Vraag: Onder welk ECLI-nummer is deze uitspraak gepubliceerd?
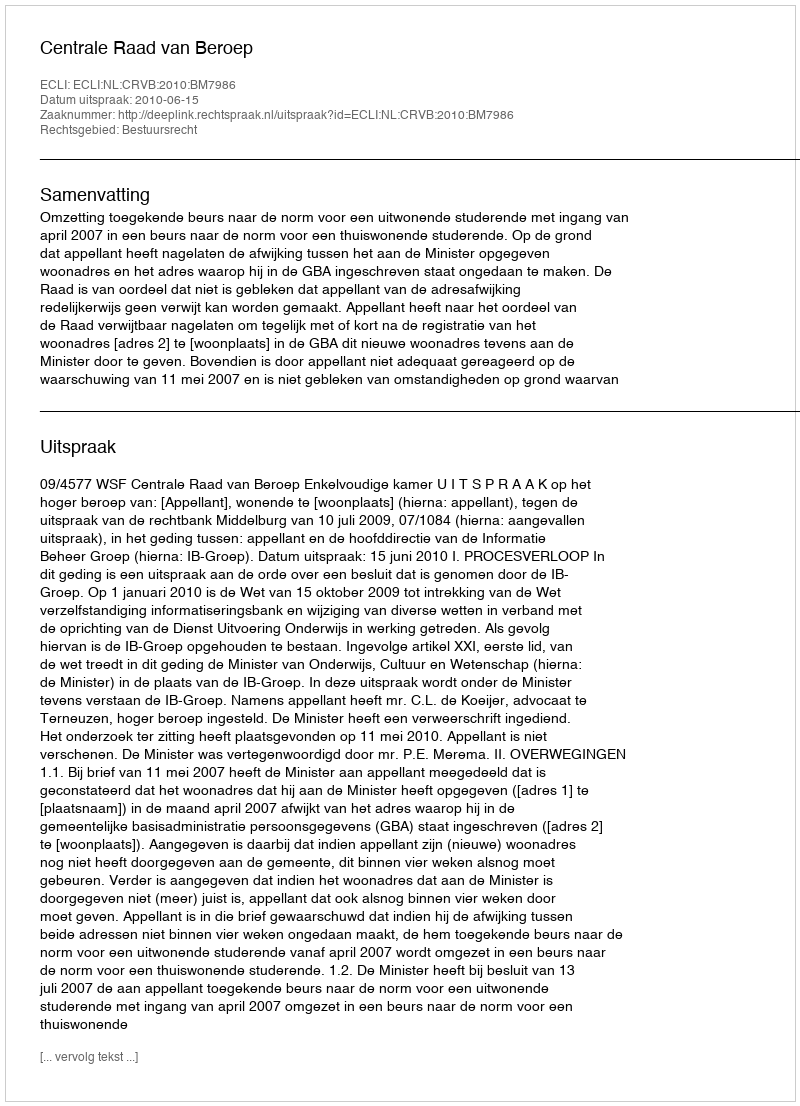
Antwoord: ECLI:NL:CRVB:2010:BM7986